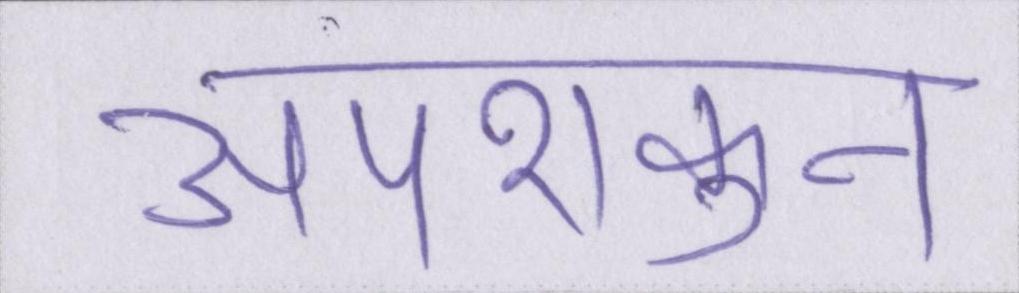
अपशकुन